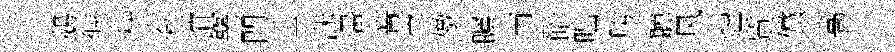
鵝偓秧允谊堊門壬洙畫篝芝倣瞩丙碚咄胯聽风煙質儻篙